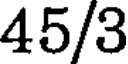
45/3